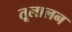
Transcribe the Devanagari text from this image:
तूलालन